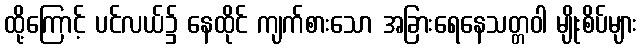
ထို့ကြောင့် ပင်လယ်၌ နေထိုင် ကျက်စားသော အခြားရေနေသတ္တဝါ မျိုးစိပ်များ